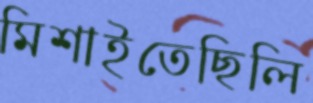
মিশাইতেছিলি